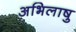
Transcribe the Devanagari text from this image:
अभिलाषु